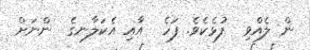
ން ލެއްވި  ފުޅެކެވެ. ފަހެ  އާއި އެކަލާނގެ  ންނަށް